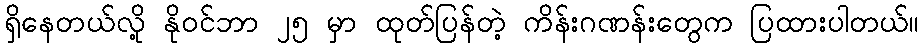
ရှိနေတယ်လို့ နိုဝင်ဘာ ၂၅ မှာ ထုတ်ပြန်တဲ့ ကိန်းဂဏန်းတွေက ပြထားပါတယ်။